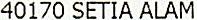
40170 SETIA ALAM